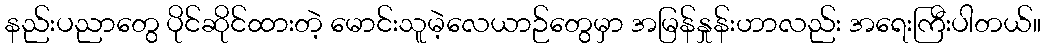
နည်းပညာတွေ ပိုင်ဆိုင်ထားတဲ့ မောင်းသူမဲ့လေယာဉ်တွေမှာ အမြန်နှုန်းဟာလည်း အရေးကြီးပါတယ်။